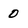
Character: O